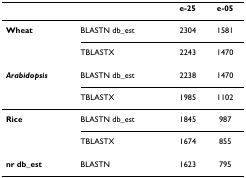
<table><thead><tr><td>[EMPTY_CELL]</td><td>[EMPTY_CELL]</td><td><b>e-25</b></td><td><b>e-05</b></td></tr></thead><tbody><tr><td><b>Wheat</b></td><td>BLASTN db_est</td><td>2304</td><td>1581</td></tr><tr><td>[EMPTY_CELL]</td><td>TBLASTX</td><td>2243</td><td>1470</td></tr><tr><td><b><i>Arabidopsis</i></b></td><td>BLASTN db_est</td><td>2238</td><td>1470</td></tr><tr><td>[EMPTY_CELL]</td><td>TBLASTX</td><td>1985</td><td>1102</td></tr><tr><td><b>Rice</b></td><td>BLASTN db_est</td><td>1845</td><td>987</td></tr><tr><td>[EMPTY_CELL]</td><td>TBLASTX</td><td>1674</td><td>855</td></tr><tr><td><b>nr db_est</b></td><td>BLASTN</td><td>1623</td><td>795</td></tr></tbody></table>